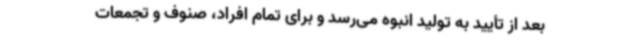
بعد از تأیید به تولید انبوه می‌رسد و برای تمام افراد، صنوف و تجمعات